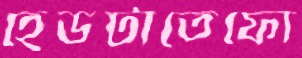
হেডটাতেফো